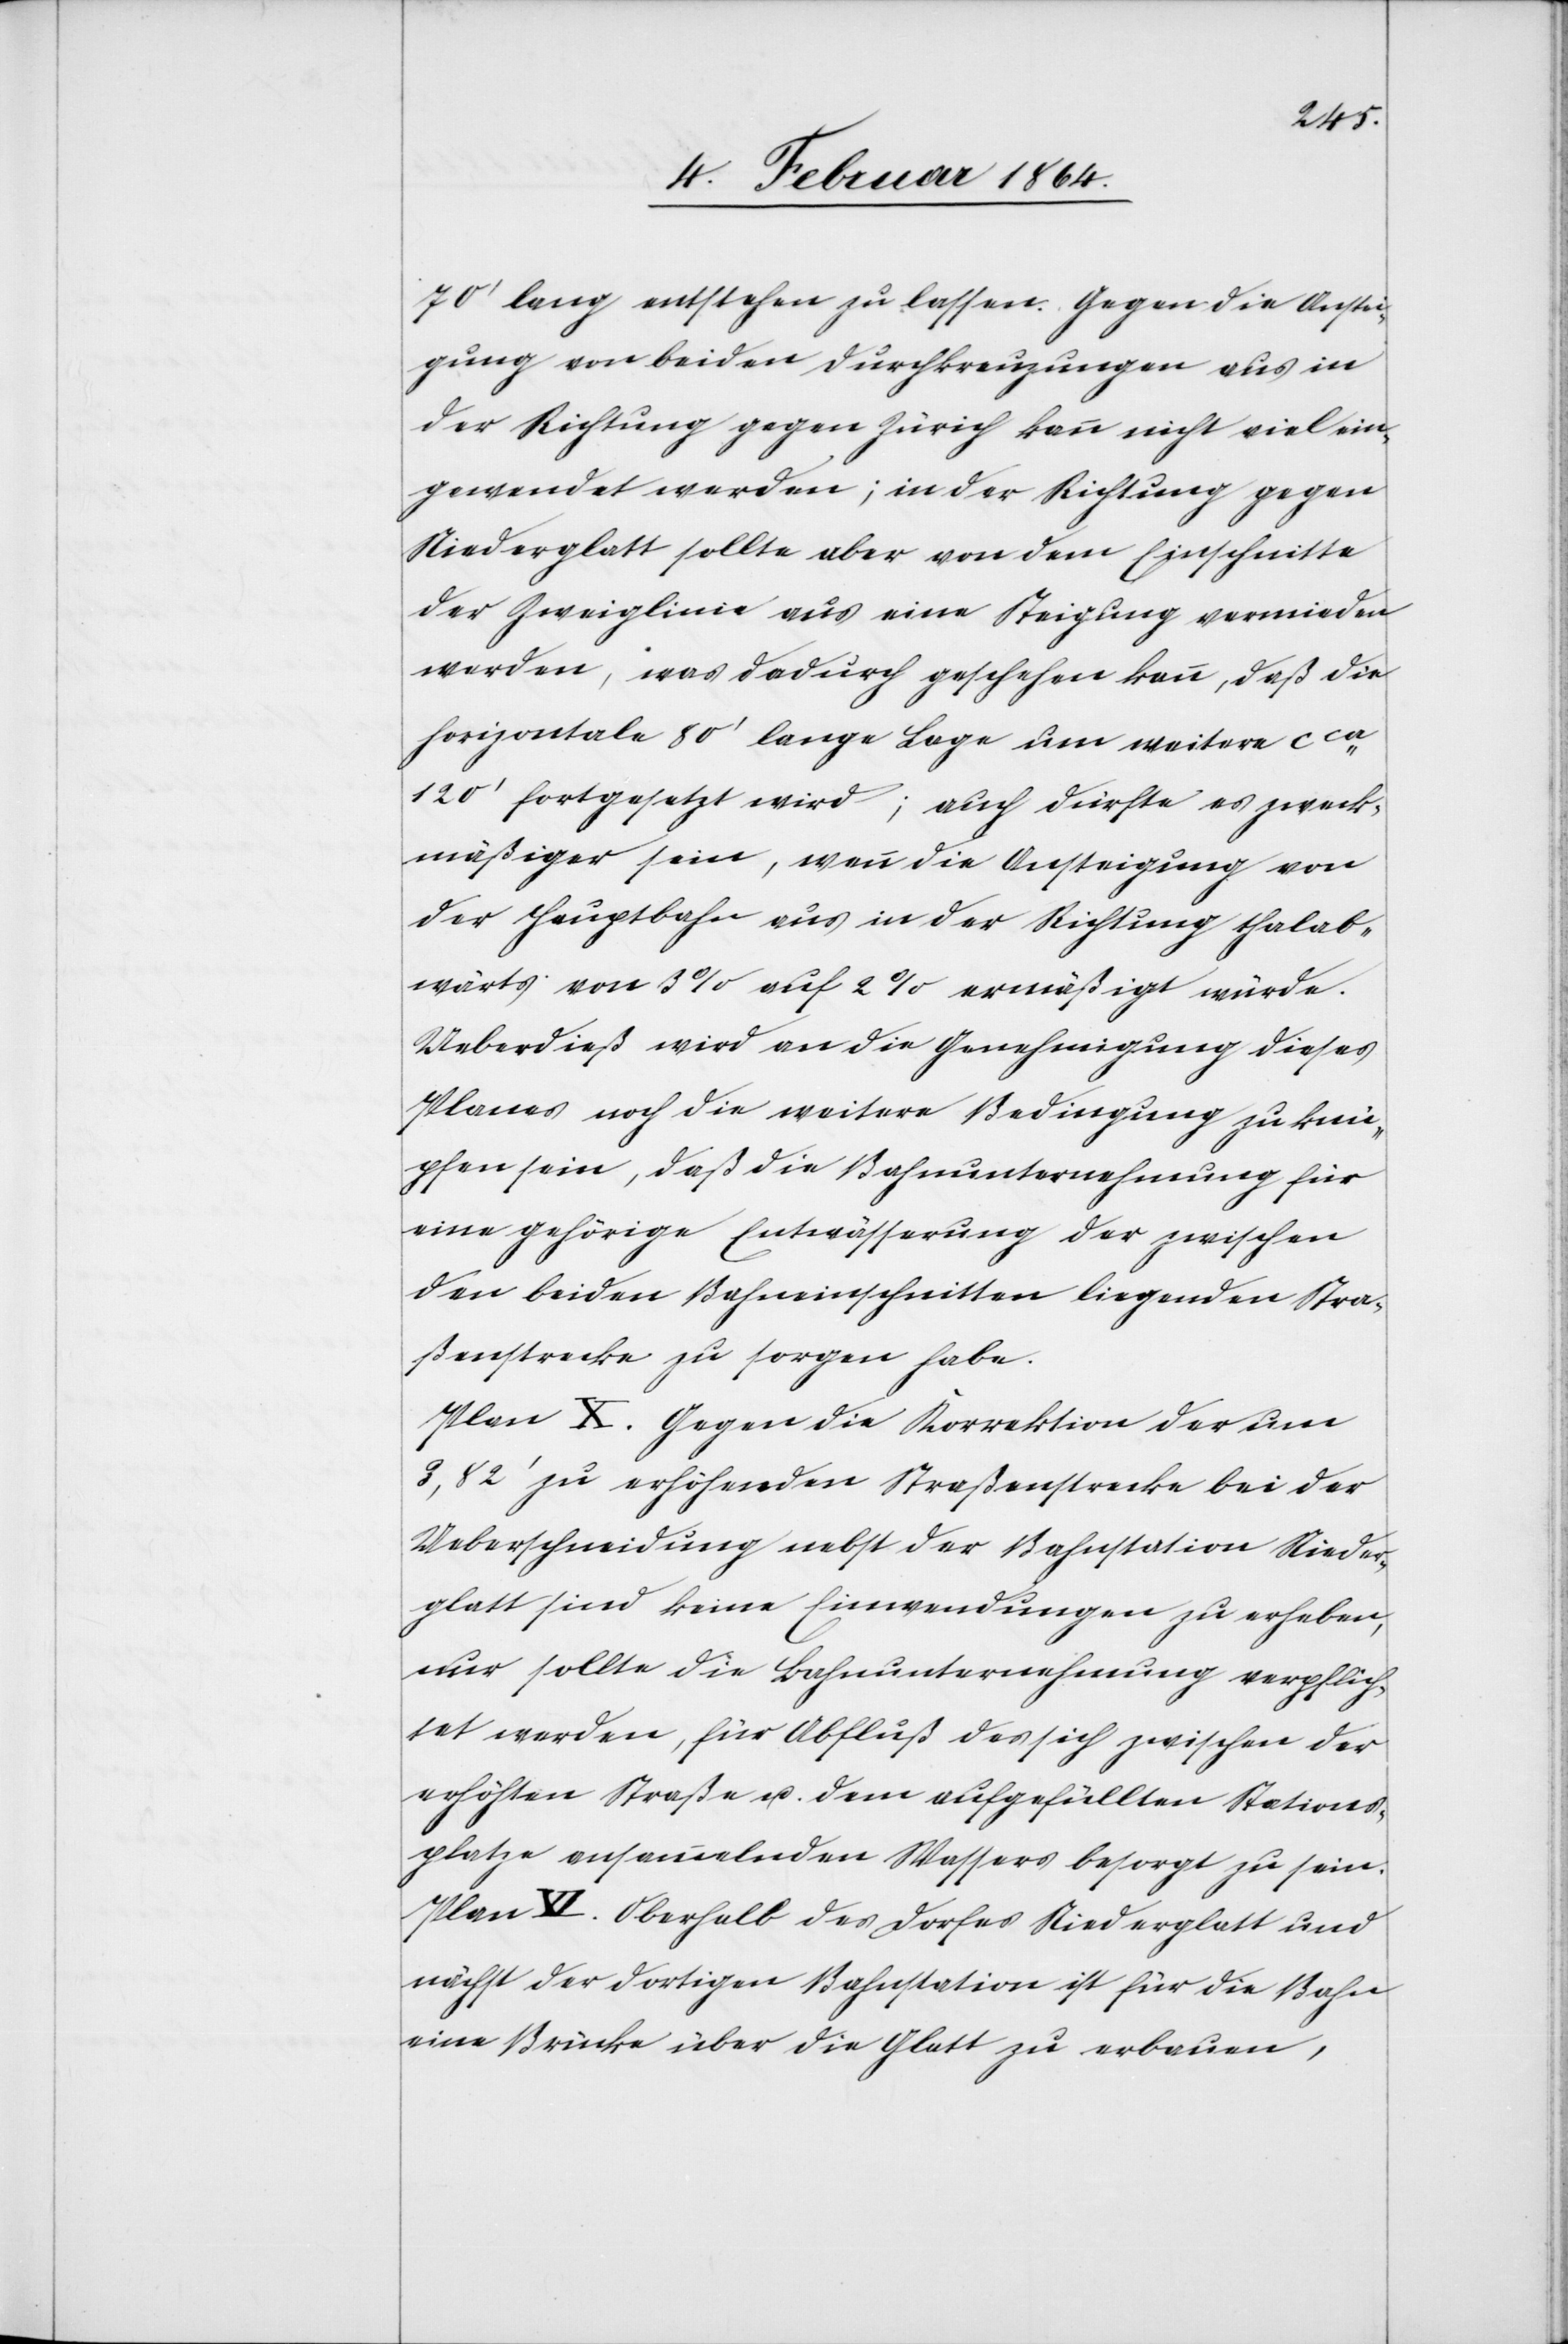
70’ lang entstehen zu lassen. Gegen die Anstei¬
gung von beiden Durchkreuzungen aus in
der Richtung gegen Zürich kann nicht viel ein¬
gewendet werden; in der Richtung gegen
Niederglatt sollte aber von dem Einschnitte
der Zweiglinie aus eine Steigung vermieden
werden, was dadurch geschehen kann, daß die
horizontale 80’ lange Lage um weitere cca
120’ fortgesetzt wird; auch dürfte es zweck¬
mäßiger sein, wenn die Ansteigung von
der Hauptbahn aus in der Richtung thalab¬
wärts von 3% auf 2% ermäßigt würde.
Ueberdieß wird an die Genehmigung dieses
Planes noch die weitere Bedingung zu knü¬
pfen sein, daß die Bahnunternehmung für
eine gehörige Entwässerung der zwischen
den beiden Bahneinschnitten liegenden Stra¬
ßenstrecke zu sorgen habe.
Plan X. Gegen die Korrektion der um
3,82’ zu erhöhenden Straßenstrecke bei der
Ueberschneidung nebst der Bahnstation Nieder¬
glatt sind keine Einwendungen zu erheben,
nur sollte die Bahnunternehmung verpflich¬
tet werden, für Abfluß des sich zwischen der
erhöhten Straße u. dem aufgefüllten Stations¬
platze ansammelnden Wassers besorgt zu sein.
Plan [? V]. Oberhalb des Dorfes Niederglatt und
nächst der dortigen Bahnstation ist für die Bahn
eine Brücke über die Glatt zu erbauen,